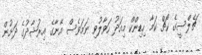
ޗެލްސީގެ ކޯޗް ކަމާ ހިޑިންކް މިއަދު ހަވާލުވި ނަމަވެސް އޭނާގެ އިރުޝާދުގެ ދަށުން